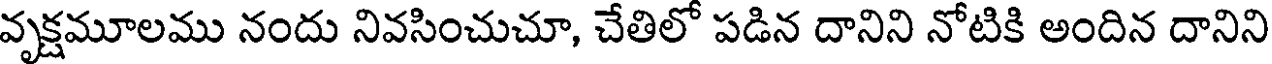
వృక్షమూలము నందు నివసించుచూ, చేతిలో పడిన దానిని నోటికి అందిన దానిని